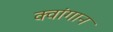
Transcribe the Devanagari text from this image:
क्वांगान